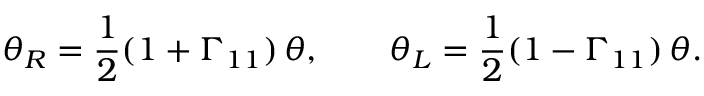
\theta _ { R } = { \frac { 1 } { 2 } } ( 1 + \Gamma _ { 1 1 } ) \, \theta , \qquad \theta _ { L } = { \frac { 1 } { 2 } } ( 1 - \Gamma _ { 1 1 } ) \, \theta .